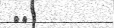
٢٧